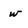
Character: w